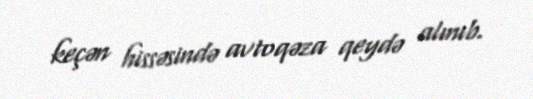
keçən hissəsində avtoqəza qeydə alınıb.